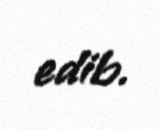
edib.